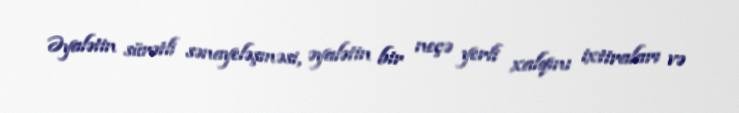
Əyalətin sürətli sənayeləşməsi, əyalətin bir neçə yerli xalqını ixtiraları və